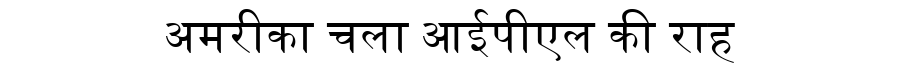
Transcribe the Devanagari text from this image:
अमरीका चला आईपीएल की राह